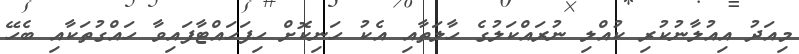
މިއަދު އިއުލާނުކުރި ކުއްލި ނުރައްކަލުގެ ހާލަތާއި އެކު ހަނިކޮށް ހިފަހައްޓާފައިވާ ހައްގުތަކާއި ބެހޭ